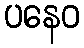
ပနေဝ